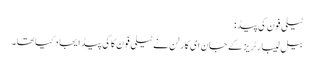
ٹیلی فون کی پیڈ:
بیل لیبارٹریز کے جان ای کارلن نے ٹیلی فون کاکی پیڈ ایجاد کیا تھا۔